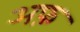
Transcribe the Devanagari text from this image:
अफ़